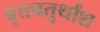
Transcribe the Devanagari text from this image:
वृत्तचतुर्थांश